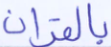
بالقرآن